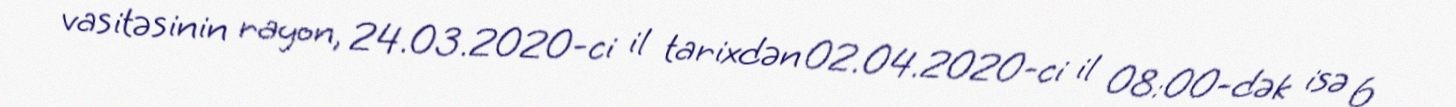
vasitəsinin rayon, 24.03.2020-ci il tarixdən 02.04.2020-ci il 08:00-dək isə 6